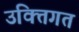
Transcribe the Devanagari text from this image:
उक्तिगत